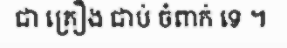
ជា គ្រឿង ជាប់ ចំពាក់ ទេ ។